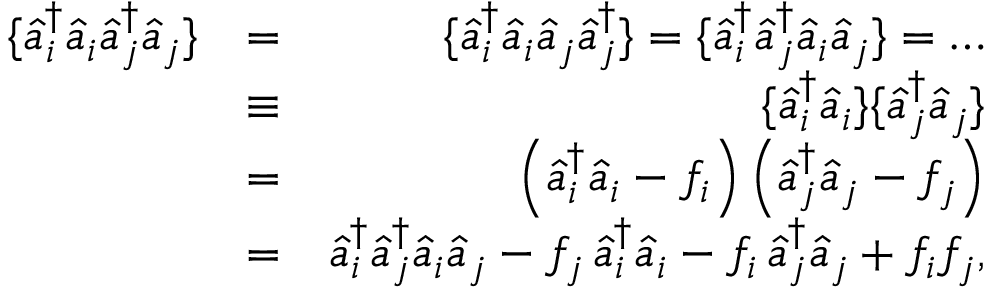
\begin{array} { r l r } { \{ \hat { a } _ { i } ^ { \dagger } \hat { a } _ { i } \hat { a } _ { j } ^ { \dagger } \hat { a } _ { j } \} } & { = } & { \{ \hat { a } _ { i } ^ { \dagger } \hat { a } _ { i } \hat { a } _ { j } \hat { a } _ { j } ^ { \dagger } \} = \{ \hat { a } _ { i } ^ { \dagger } \hat { a } _ { j } ^ { \dagger } \hat { a } _ { i } \hat { a } _ { j } \} = \dots } \\ & { \equiv } & { \{ \hat { a } _ { i } ^ { \dagger } \hat { a } _ { i } \} \{ \hat { a } _ { j } ^ { \dagger } \hat { a } _ { j } \} } \\ & { = } & { \left( \hat { a } _ { i } ^ { \dagger } \hat { a } _ { i } - f _ { i } \right) \left( \hat { a } _ { j } ^ { \dagger } \hat { a } _ { j } - f _ { j } \right) } \\ & { = } & { \hat { a } _ { i } ^ { \dagger } \hat { a } _ { j } ^ { \dagger } \hat { a } _ { i } \hat { a } _ { j } - f _ { j } \, \hat { a } _ { i } ^ { \dagger } \hat { a } _ { i } - f _ { i } \, \hat { a } _ { j } ^ { \dagger } \hat { a } _ { j } + f _ { i } f _ { j } , } \end{array}